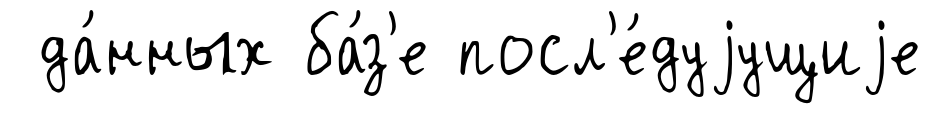
да́нных ба́з'е посл'е́дуjущиjе